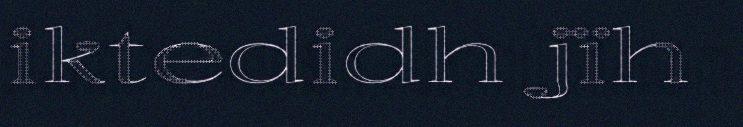
iktedidh jïh